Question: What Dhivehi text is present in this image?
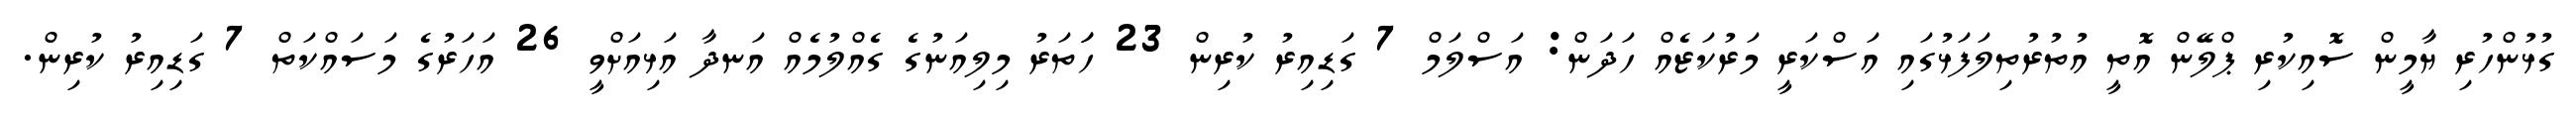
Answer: ގުޅުންހުރި ޔާމީން ސޮއިކުރި ޕްލޭން އޮތީ އުތުރުތިލަފަޅުގައި އަސްކަރީ މަރުކަޒެއް ހަދަން: އަސްލަމް 7 ގަޑިއިރު ކުރިން 23 ހަަތަރު މިލިއަނުގެ ގެއްލުމެއް އަނދާ އަޅިއަށްވީ 26 އަހަރުގެ މަސައްކަތް 7 ގަޑިއިރު ކުރިން.